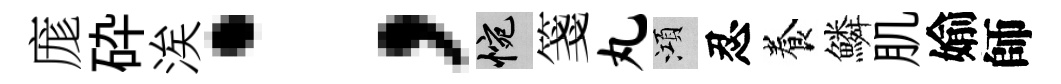
庬砕涘；惋箋丸澒忍養鱗肌媮師